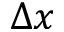
\Delta x